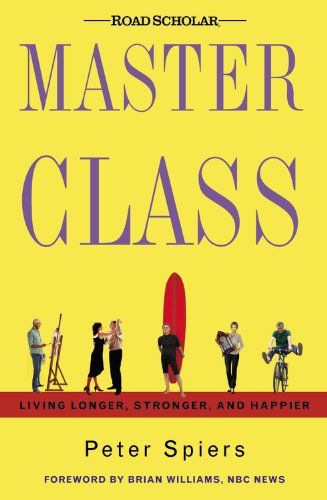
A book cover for Master Class: Living Longer, Stronger, and Happier; Peter Spiers; Health, Fitness & Dieting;